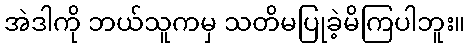
အဲဒါကို ဘယ်သူကမှ သတိမပြုခဲ့မိကြပါဘူး။